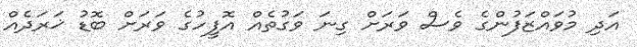
އަދި މުވައްޒަފުންގެ ވެސް ވަރަށް ގިނަ ވަގުތެއް އޮފީހުގެ ވަރަށް ބޮޑު ޚަރަދެއް